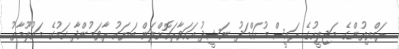
ރައްޔިތުންގެ މަޖިލީހުގެ ރައީސް މުހައްމަދު ނަޝީދު އަހަވާރަކޮށްލަން ބަޔަކު ރާވަމުންދާ ކަމުގެ މައުލޫމާތު